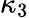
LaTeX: \kappa_{3}